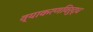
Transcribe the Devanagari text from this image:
व्याकरणविरुद्ध